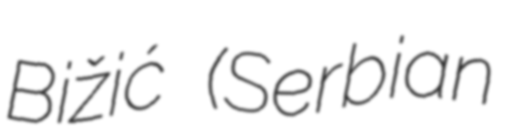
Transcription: Bižić (Serbian